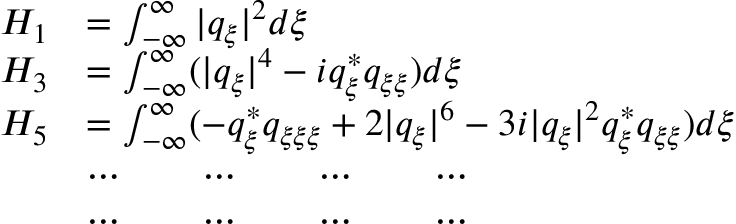
\begin{array} { r l } { H _ { 1 } } & { = \int _ { - \infty } ^ { \infty } | q _ { \xi } | ^ { 2 } d \xi } \\ { H _ { 3 } } & { = \int _ { - \infty } ^ { \infty } ( | q _ { \xi } | ^ { 4 } - i q _ { \xi } ^ { * } q _ { \xi \xi } ) d \xi } \\ { H _ { 5 } } & { = \int _ { - \infty } ^ { \infty } ( - q _ { \xi } ^ { * } q _ { \xi \xi \xi } + 2 | q _ { \xi } | ^ { 6 } - 3 i | q _ { \xi } | ^ { 2 } q _ { \xi } ^ { * } q _ { \xi \xi } ) d \xi } \\ & { \cdots \qquad \cdots \qquad \cdots \qquad \cdots } \\ & { \cdots \qquad \cdots \qquad \cdots \qquad \cdots } \end{array}